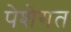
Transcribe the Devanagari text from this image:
पेशेगत